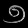
Digit: ၅